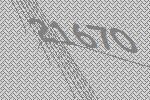
21670